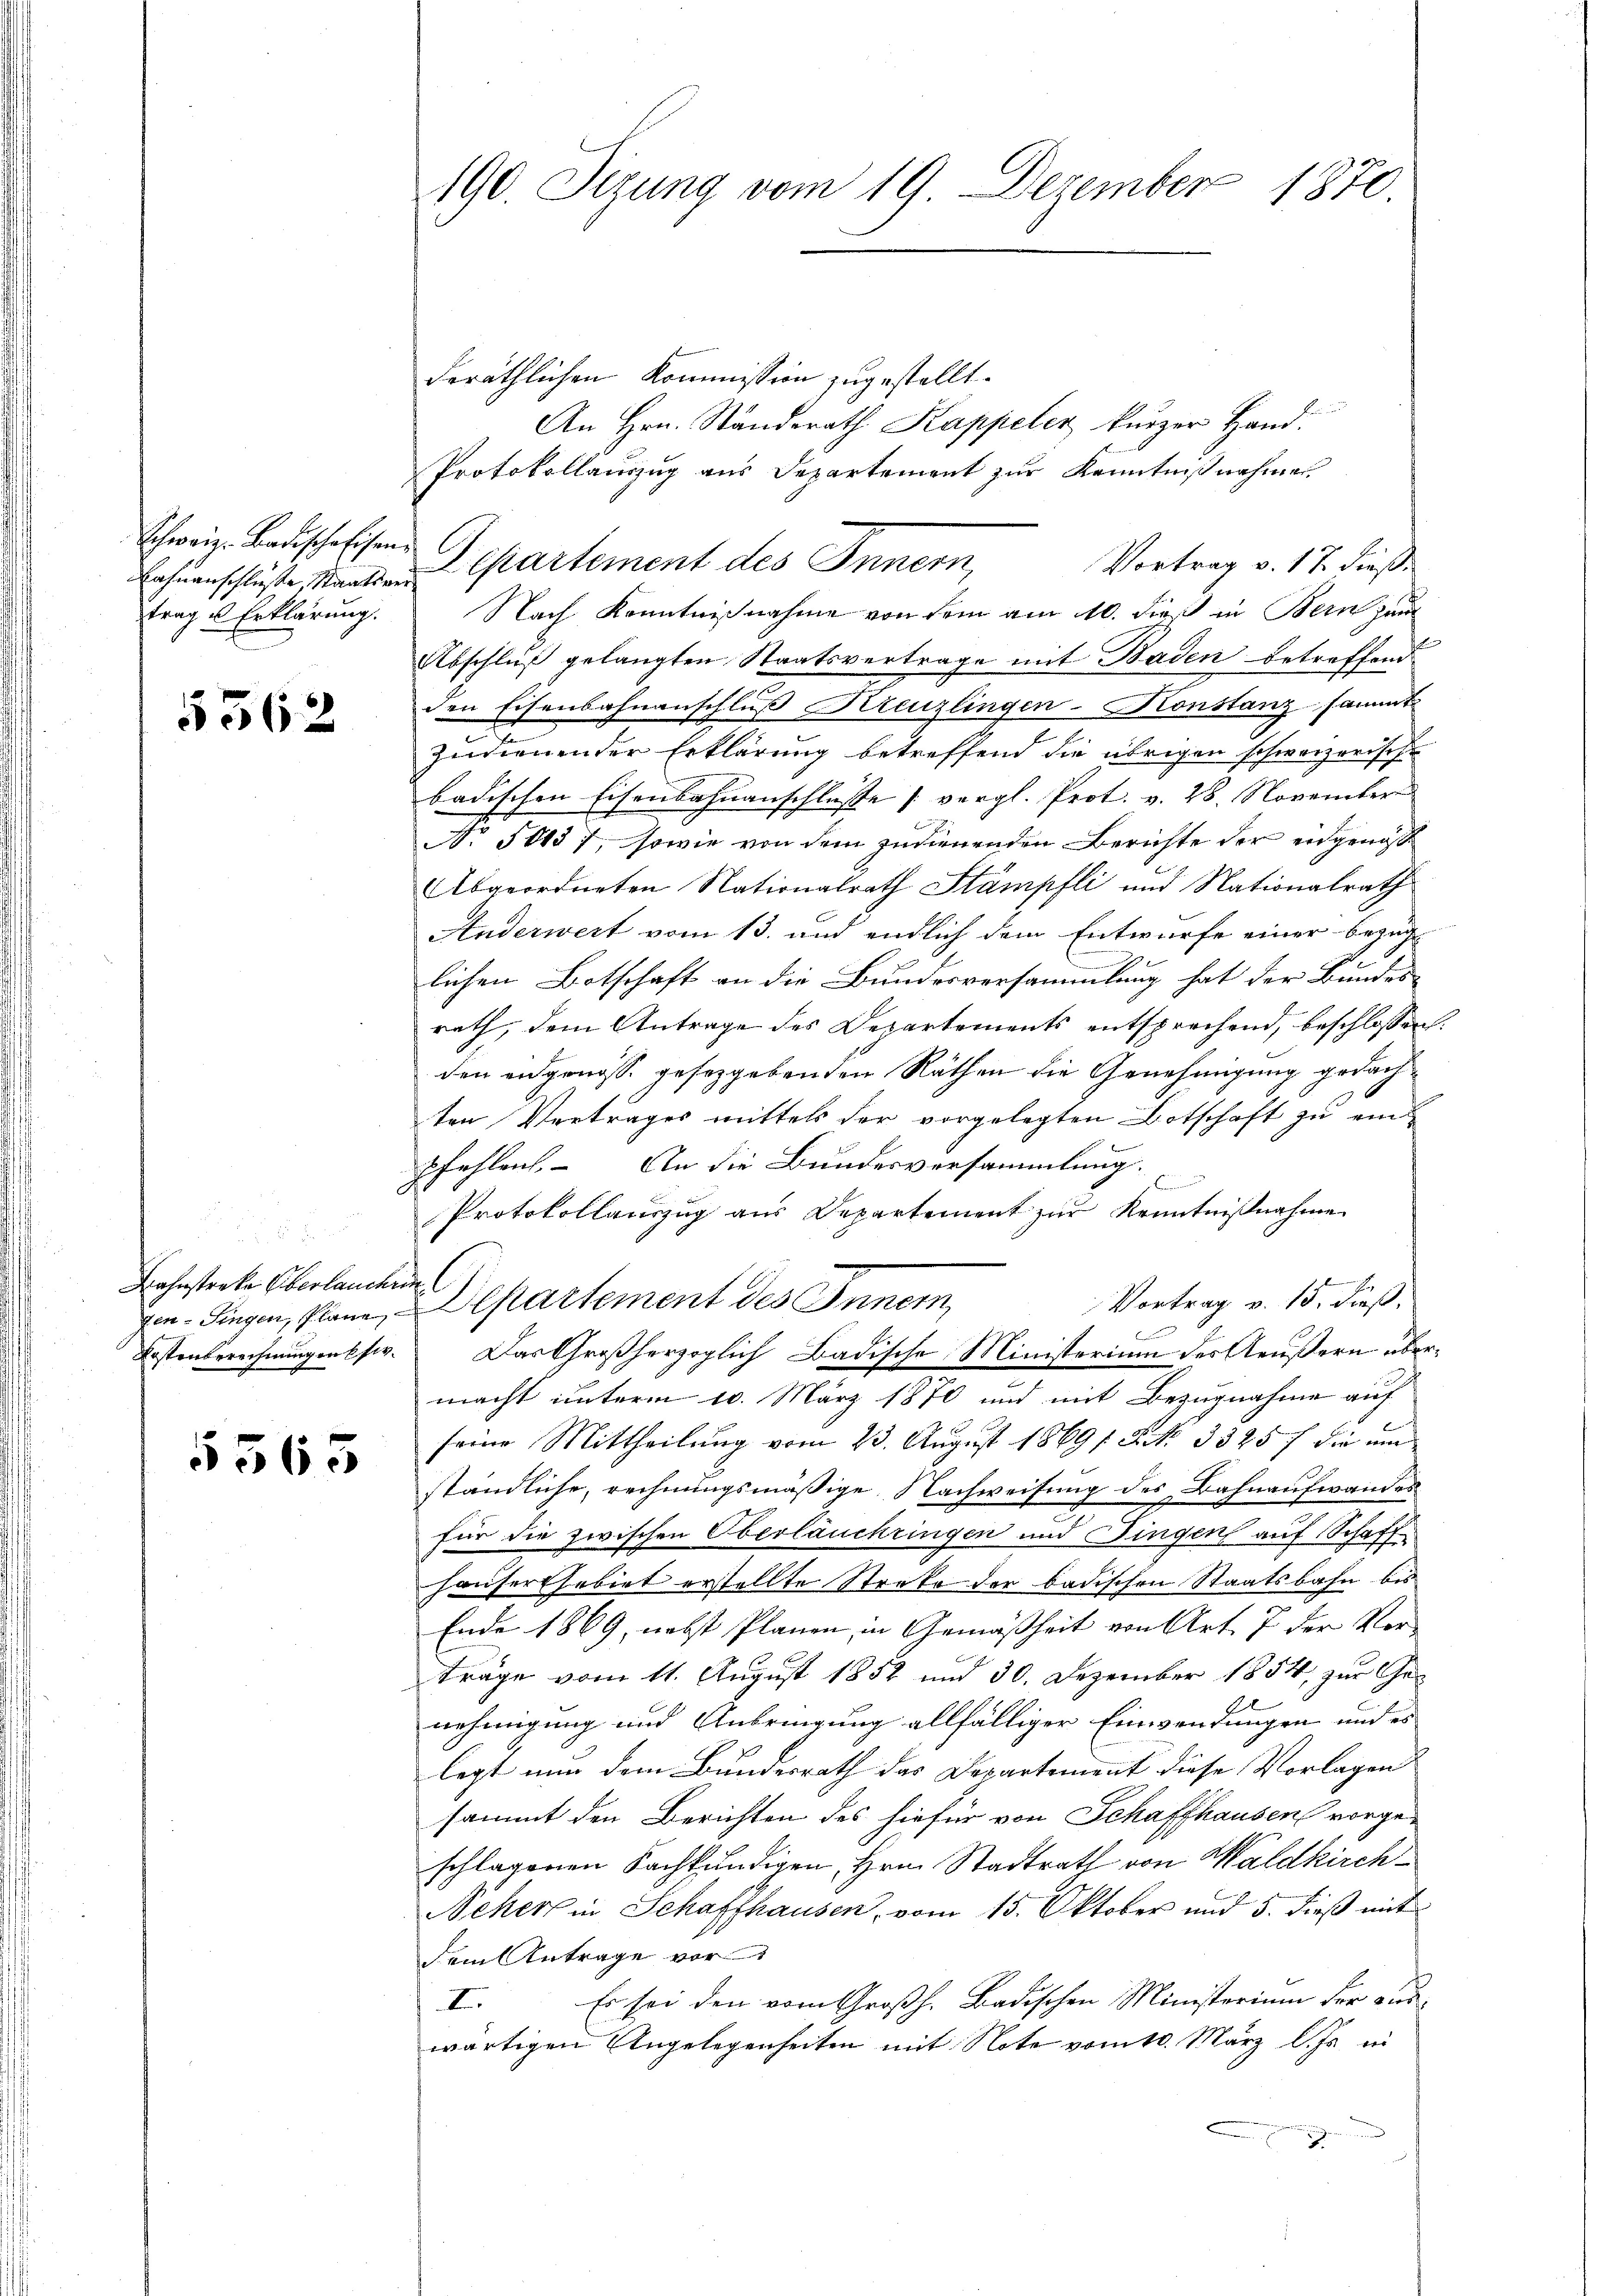
Schweiz. Badische Eisen.
ahnanschlüße Staatsver
trag es Erklärung.

5362

Bahnstreke Überlachri
Kostenberechnungen sie.

5563

190 Sizung vom 19. Dezember 1870

deräthlichen Kommission zugestellt.
An Hrn. Standerath Kappeler kurzer Hand.
Protokollauszug aus Departement zur Kenntnißnahmen
Vortrag v. 17. dieß
Nach Kenntnißnahme von dem am 10. dieß in Bern zum
Abschluß gelangten Staatsvertrage mit Baden betreffend
den Eisenbahnanschluß Kreuzlingen-Konstanzsammt
zudienender Erklärung betreffend die übrigen schweizerische
badischen Eisenbahnanschlüsse (vergl. Prot. v. 28. November
No 50137, sowie von dem zudienenden Berichte der engenoß¬
Abgeordneten Nationalrath Stämpfli und Nationalrath
Anderwert vom 13. und endlich dem Entwurfe einer Bezuglichen Botschaft an die Bundesversammlung hat der Bundes-
rath, dem Antrage des Departements entsprechend, beschlossen:
den eidgenosse gesezgebenden Räthen die Genehmigung gedachten Vertrages mittels der vorgelegten Botschaft zu einpfehlen. – An die Bundesversammlung.
Protokollauszug aus Departement zur Kenntnißnahme
E
Vortrag v. 15. dieß,
fn. Siegen, Plane, Departement des Inner,

Das Großherzoglich Badische Ministerium des Aeußern übermacht unterm 10. März 1870 und mit Bezugnahme auf
seine Mittheilung vom 23. August 1869/ NNo. 3325 f die um
ständliche, rechnungsmäßige Nachweisung des Bahnaufwanden
für die zwischen Oberläuchringen und Fingen auf Schaff
hauserthebiet erstellte Streke der badischen Staatsbahn bis
Ende 1869, nebst Planen, in Gemäßheit von Art. 7 der Ver-
träge vom 11. August 1852 und 30. Dezember 1854, zur Ge¬
2
nehmigung und Anbringung allfälliger Einwendungen und es
legt nun dem Bundesrath das Departement diese Vorlagen
sammt den Berichten des hiefür von Schaffhausen vorgeschlagenen Sachkundigen, Hrn. Stadtrath von Waldkirch¬
Nekers in Schaffhausen, vom 15. Oktober und 5. dieß mit
dem Antrage vor
Es sei den vom Großh. Badischen Ministerium der aus¬
I.
wärtigen Angelegenheiten mit Note vom 10. März l. Js. in
7

.
Departement des Innern,